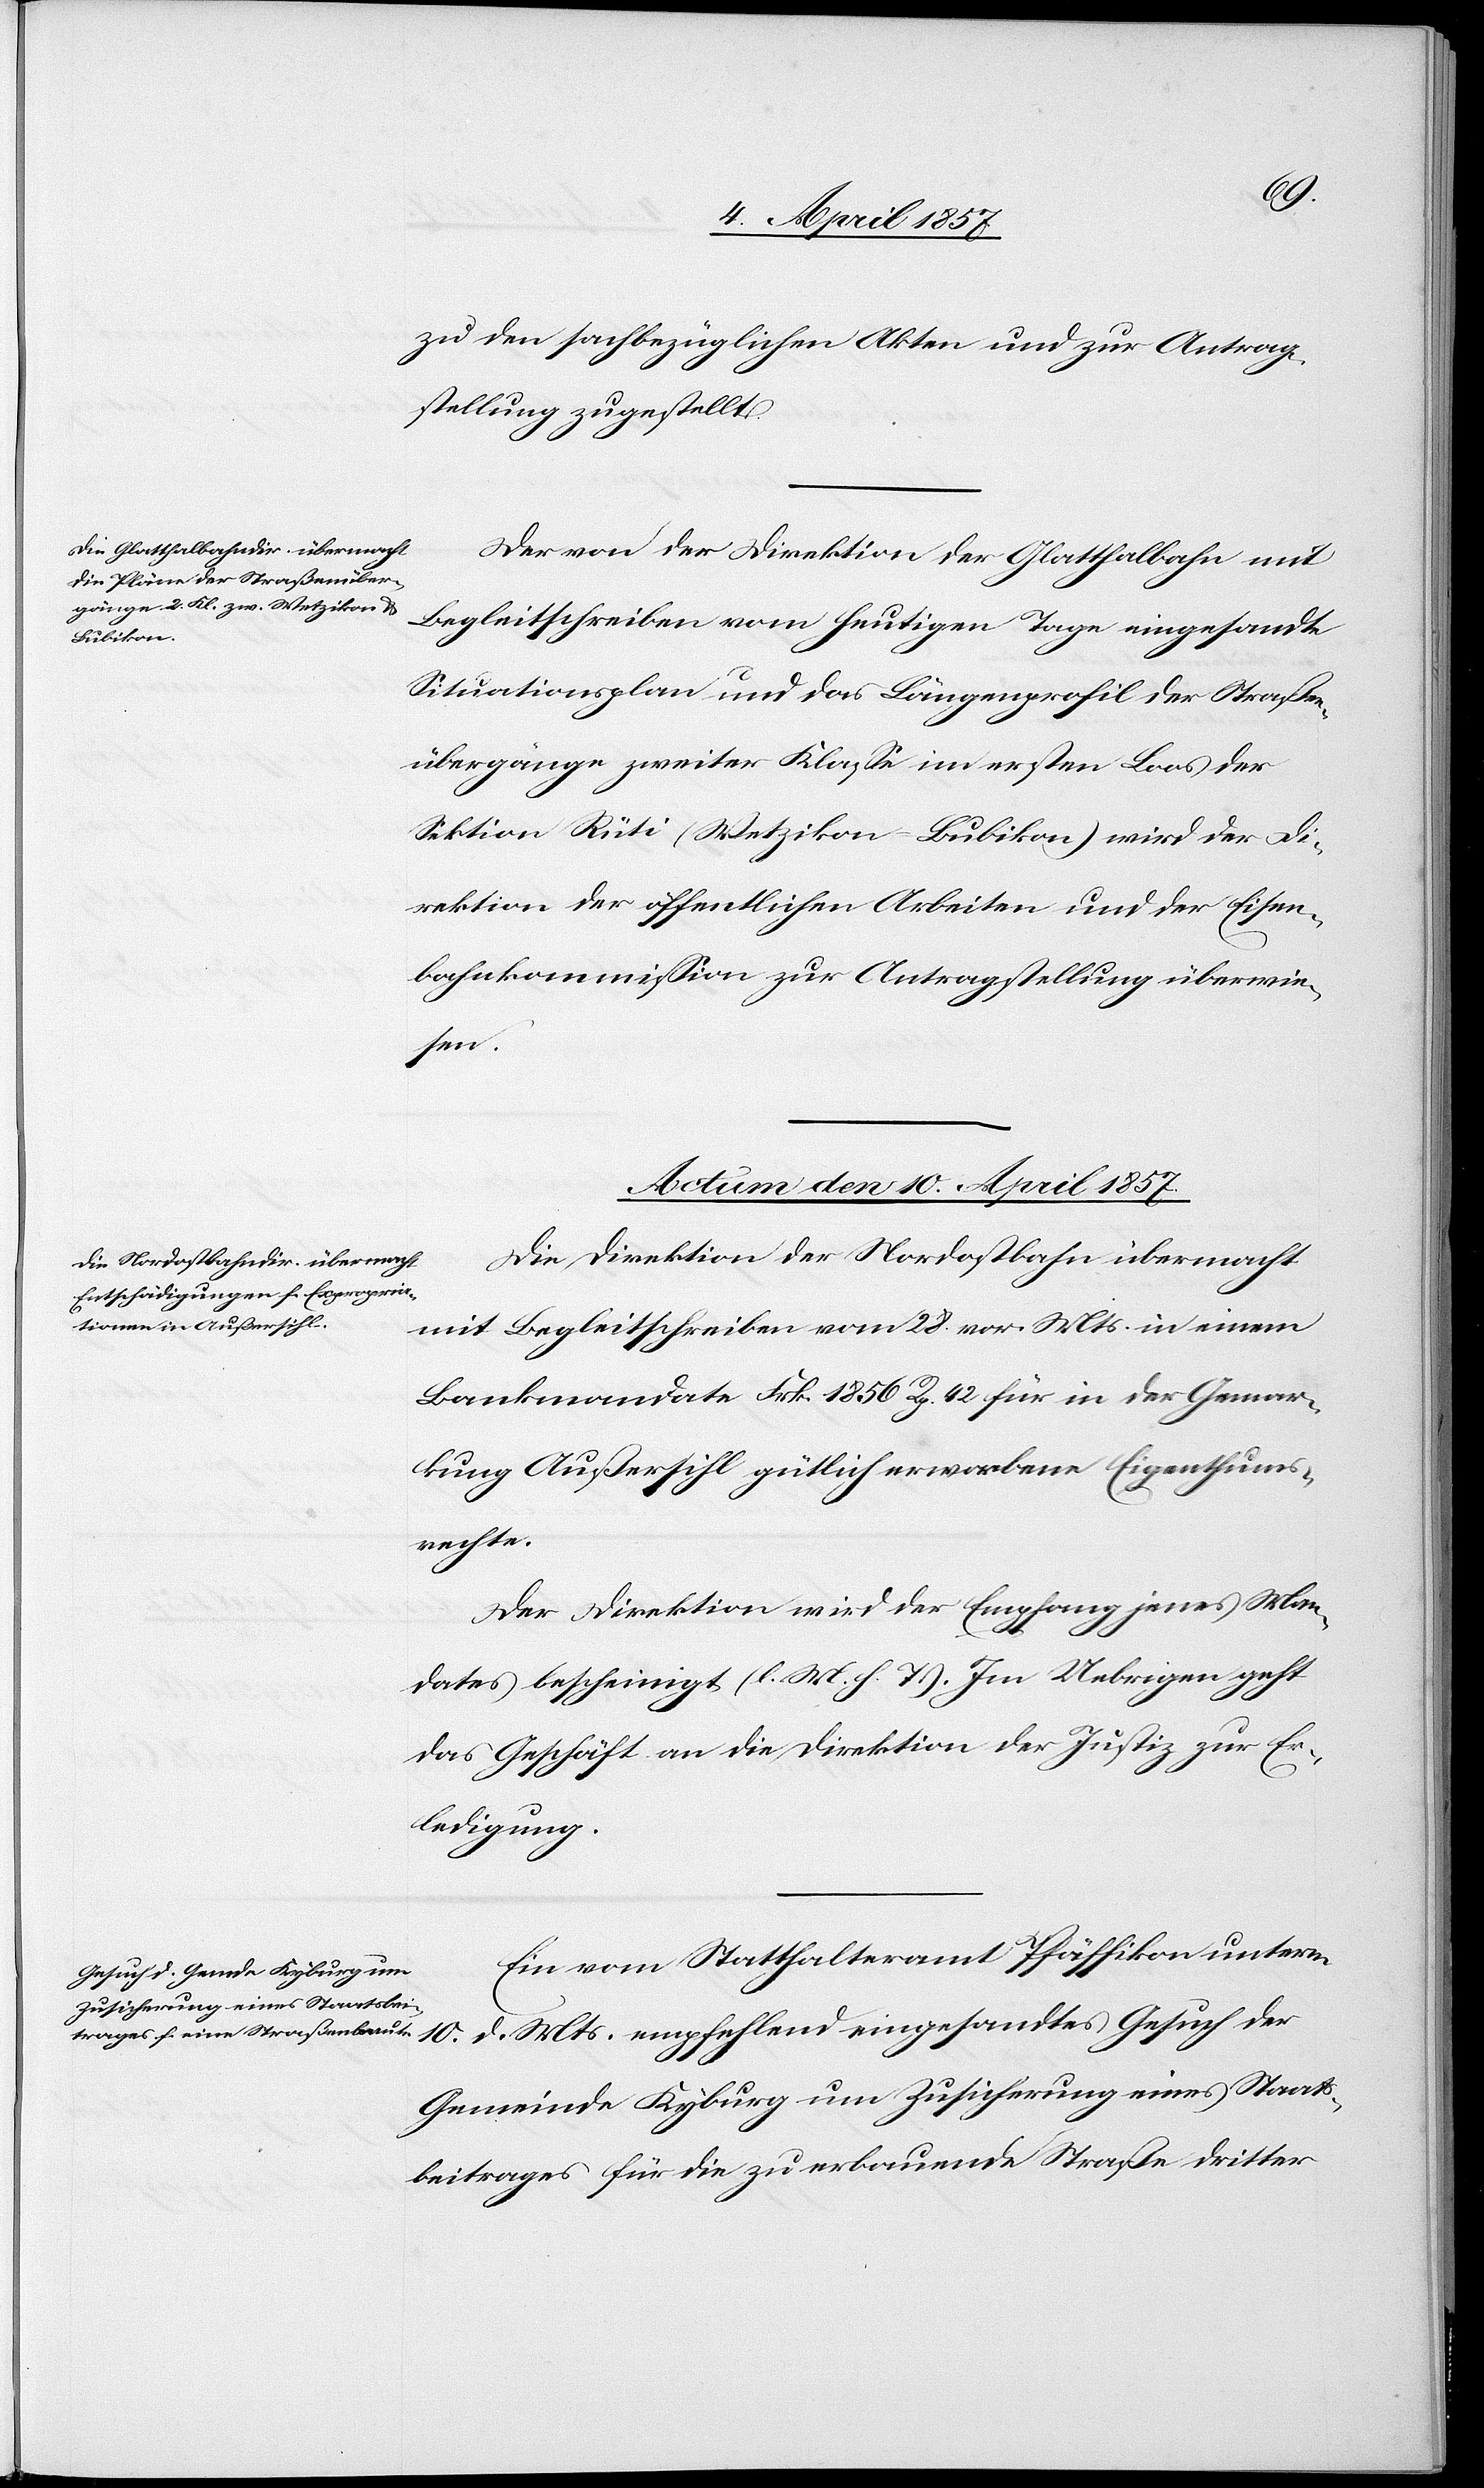
10.
zu den sachbezüglichen Akten und zur Antrag¬
stellung zugestellt.
Der von der Direktion der Glatthalbahn mit
Begleitschreiben vom heutigen Tage eingesandte
Gesuch
Situationsplan und das Längenprofil der Straßen¬
übergänge zweiter Klasse im ersten Loos der
Sektion Rüti (Wetzikon–Bubikon) wird der Di¬
rektion der öffentlichen Arbeiten und der Eisen¬
bahnkommission zur Antragstellung überwie¬
sen.
Actum den 10. April 1857.]
Die Direktion der Nordostbahn übermacht
mit Begleitschreiben vom 28. vor. Mts. in einem
Bankmandate Frk. 1856 Rp. 42 für in der Gemar¬
kung Außersihl gütlich erworbene Eigenthums¬
rechte.
Der Direktion wird der Empfang jenes Man¬
dates bescheinigt (l. M. h. T.). Im Uebrigen geht
das Geschäft an die Direktion der Justiz zur Er¬
ledigung.
Ein vom Statthalteramt Pfäffikon unterm
Gemeinde Kyburg um Zusicherung eines Staats¬
beitrages für die zu erbauende Straße dritter